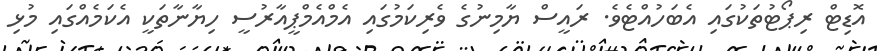
އޮޑިޓް ރިޕޯޓުތަކުގައި އެބަހުއްޓެވެ. ރައީސް ޔާމިނުގެ ވެރިކަމުގައި އެމްއެމްޕީއާރުސީ ހިޔާނާތަކީ އެކަމެއްގައި މުޅި